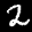
Label: 2